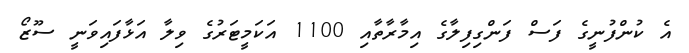
އެ ކުންފުނީގެ ފަސް ފަންގިފިލާގެ އިމާރާތާއި 1100 އަކަމީޓަރުގެ ވިލާ އަޅާފައިވަނީ ސޫޒޯ